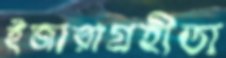
ইজারাগ্রহীতা